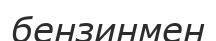
бензинмен